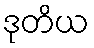
ဒုတိယ